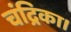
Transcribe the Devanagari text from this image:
चंद्रिका।